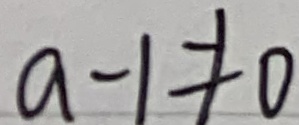
a - 1 \neq 0